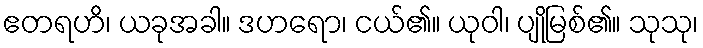
ဧတရဟိ၊ ယခုအခါ။ ဒဟရော၊ ငယ်၏။ ယုဝါ၊ ပျိုမြစ်၏။ သုသု၊